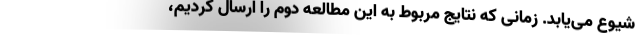
شیوع می‌یابد. زمانی که نتایج مربوط به این مطالعه دوم را ارسال کردیم،